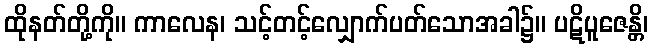
ထိုနတ်တို့ကို။ ကာလေန၊ သင့်တင့်လျှောက်ပတ်သောအခါ၌။ ပဋိပူဇေန္တိ၊